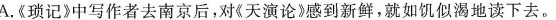
A.《琐记》中写作者去南京后，对《天演论》感到新鲜，就如饥似渴地读下去。